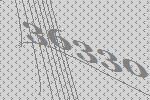
36330